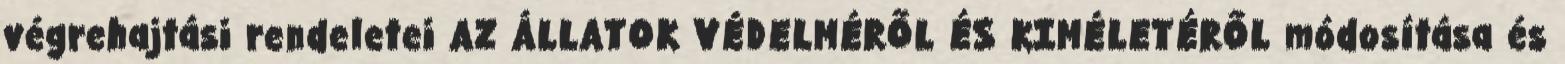
végrehajtási rendeletei AZ ÁLLATOK VÉDELMÉRŐL ÉS KIMÉLETÉRŐL módosítása és